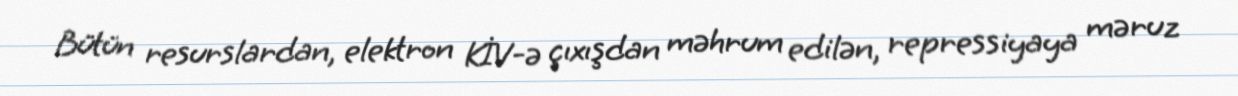
Bütün resurslardan, elektron KİV-ə çıxışdan məhrum edilən, repressiyaya məruz